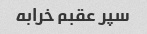
سپر عقبم خرابه